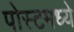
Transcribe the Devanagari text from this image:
पोस्टमध्ये